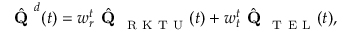
\hat { \textbf { Q } } ^ { d } ( t ) = w _ { r } ^ { t } \hat { \textbf { Q } } _ { \mathrm { ~ R ~ K ~ T ~ U ~ } } ( t ) + w _ { t } ^ { t } \hat { \textbf { Q } } _ { \mathrm { ~ T ~ E ~ L ~ } } ( t ) ,